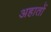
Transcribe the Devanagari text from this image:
अहातों